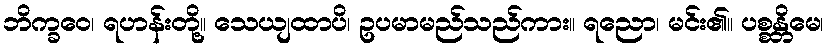
ဘိက္ခဝေ၊ ရဟန်းတို့။ သေယျထာပိ၊ ဥပမာမည်သည်ကား။ ရညော၊ မင်း၏။ ပစ္စန္တိမေ၊